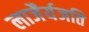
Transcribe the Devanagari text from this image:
लाजैर्यजति